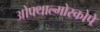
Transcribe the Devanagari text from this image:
ओफ्थाल्मोस्कोपे